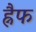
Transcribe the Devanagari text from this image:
ह्नैफ